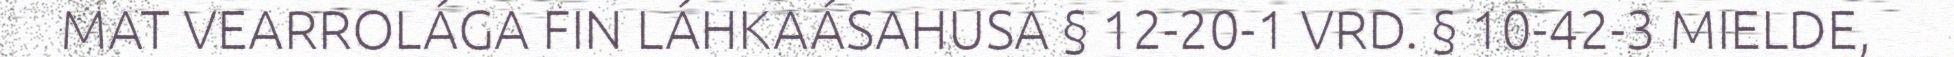
MAT VEARROLÁGA FIN LÁHKAÁSAHUSA § 12-20-1 VRD. § 10-42-3 MIELDE,